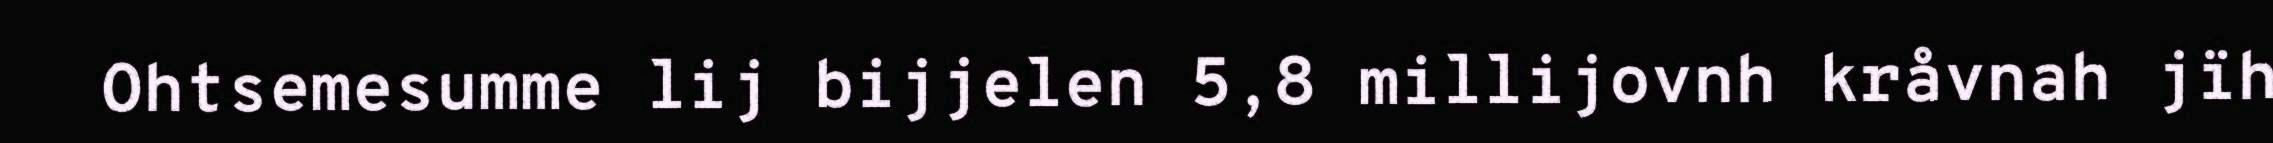
Ohtsemesumme lij bijjelen 5,8 millijovnh kråvnah jïh